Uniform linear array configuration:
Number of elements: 24
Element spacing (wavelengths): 0.75
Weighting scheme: hann
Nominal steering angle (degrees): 30
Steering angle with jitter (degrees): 28.845
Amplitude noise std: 0.05
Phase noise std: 0.05

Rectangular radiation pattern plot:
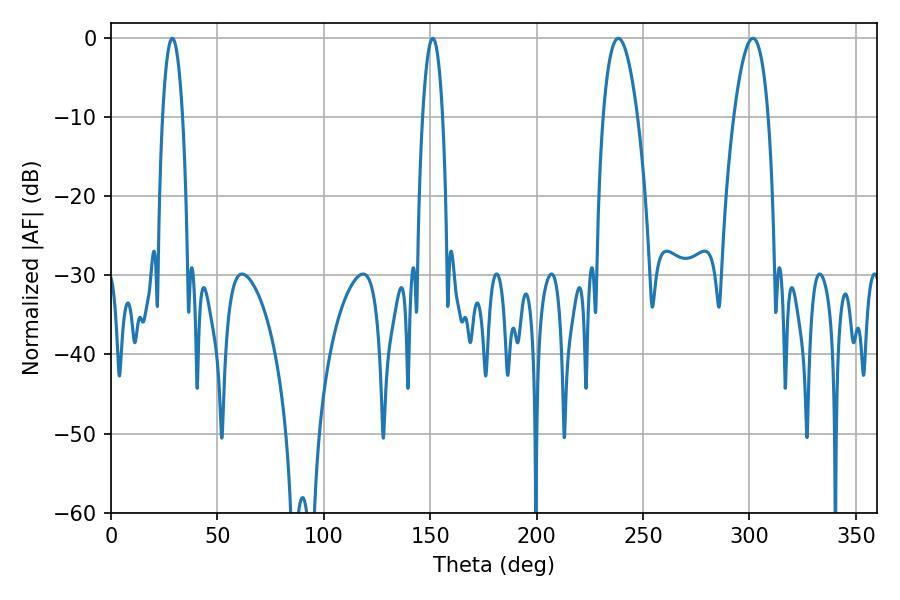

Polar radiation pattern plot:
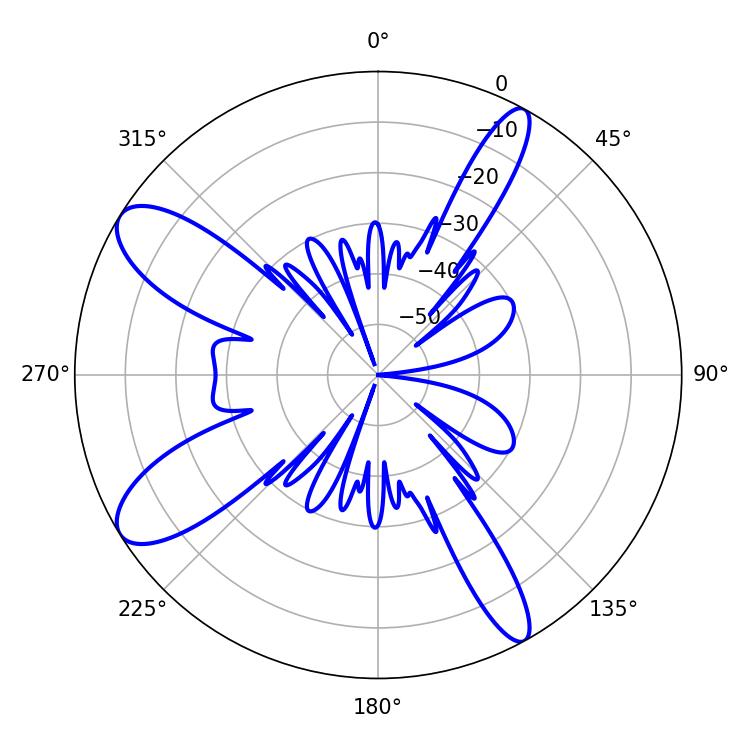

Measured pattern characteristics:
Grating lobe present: TRUE
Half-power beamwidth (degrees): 5.22
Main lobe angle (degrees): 151.2